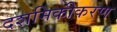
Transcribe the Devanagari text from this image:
दशमिकीकरण